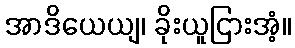
အာဒိယေယျ၊ ခိုးယူငြားအံ့။